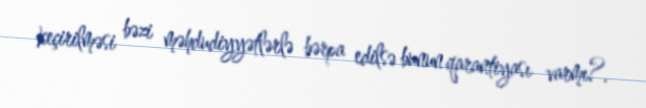
keçirilməsi bəzi məhdudiyyətlərlə bərpa edilsə bunun qarantiyası varmı?.